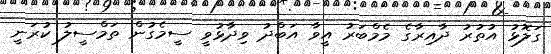
ގަލޮޅު އުތުރު ދާއިރާގެ މެމްބަރު އީވާ އަބްދު ވިދާޅުވީ ސީމެގުން ތަމްސީލު ކުރަނީ